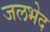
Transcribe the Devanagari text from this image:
जलभेद